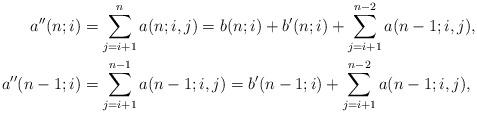
LaTeX: \begin{align*}a''(n;i)&=\sum_{j=i+1}^na(n;i,j)=b(n;i)+b'(n;i)+\sum_{j=i+1}^{n-2}a(n-1;i,j),\\a''(n-1;i)&=\sum_{j=i+1}^{n-1}a(n-1;i,j)=b'(n-1;i)+\sum_{j=i+1}^{n-2}a(n-1;i,j),\end{align*}